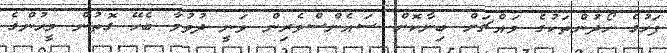
ފަހުގެ ހޯދުންތަކުގެ މައްޗަށް ބިނާކޮށް ސައެންސްވެރިން ވަނީ ދުވުމާ ބެހޭ ގޮތުން މީހުންގެ